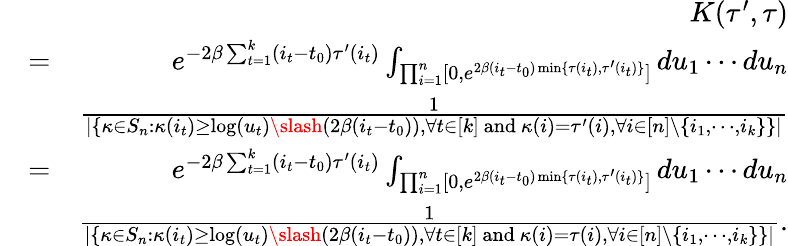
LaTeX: \begin{array}{rlr}&{}&{K(\tau^{\prime},\tau)}\\ &{=}&{e^{-2\beta\sum_{t=1}^{k}(i_{t}-t_{0})\tau^{\prime}(i_{t})}\int_{\prod_{i=1}^{n}[0,e^{2\beta(i_{t}-t_{0})\operatorname*{min}\{ \tau(i_{t}),\tau^{\prime}(i_{t})\} }]}du_{1}\cdots du_{n}}\\ &{}&{\frac{1}{|\{ \kappa\in S_{n}:\kappa(i_{t})\geq\log(u_{t})\slash(2\beta(i_{t}-t_{0})),\forall t\in[k]\mathrm{~and~}\kappa(i)=\tau^{\prime}(i),\forall i\in[n]\backslash\{ i_{1},\cdots,i_{k}\} \} |}}\\ &{=}&{e^{-2\beta\sum_{t=1}^{k}(i_{t}-t_{0})\tau^{\prime}(i_{t})}\int_{\prod_{i=1}^{n}[0,e^{2\beta(i_{t}-t_{0})\operatorname*{min}\{ \tau(i_{t}),\tau^{\prime}(i_{t})\} }]}du_{1}\cdots du_{n}}\\ &{}&{\frac{1}{|\{ \kappa\in S_{n}:\kappa(i_{t})\geq\log(u_{t})\slash(2\beta(i_{t}-t_{0})),\forall t\in[k]\mathrm{~and~}\kappa(i)=\tau(i),\forall i\in[n]\backslash\{ i_{1},\cdots,i_{k}\} \} |}.}\end{array}